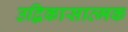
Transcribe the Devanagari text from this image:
उद्विकासात्मक